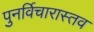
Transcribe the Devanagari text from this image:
पुनर्विचारास्तव